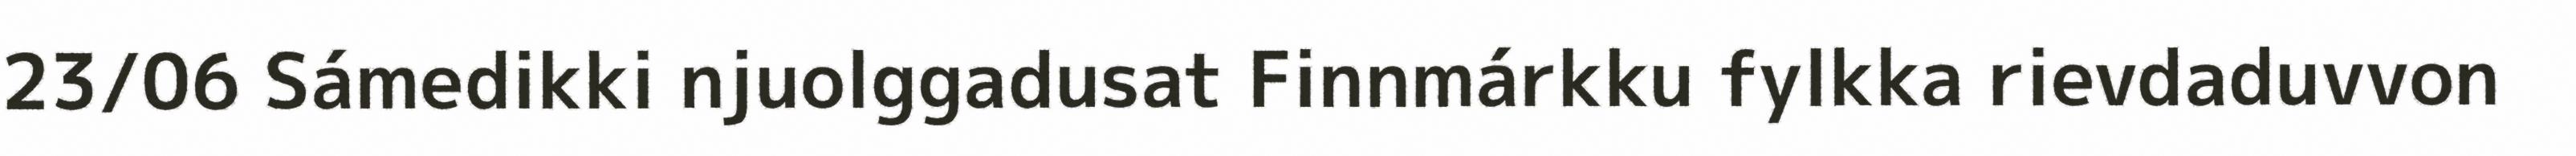
23/06 Sámedikki njuolggadusat Finnmárkku fylkka rievdaduvvon